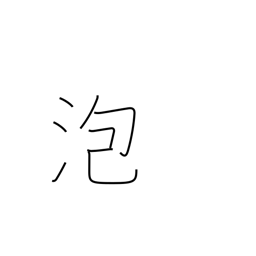
Meaning: foam